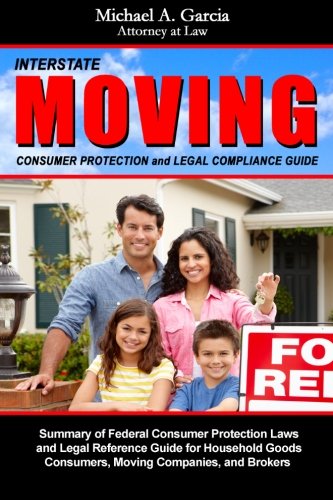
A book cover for Interstate Moving Consumer Protection and Legal Compliance Guide; Mr. Michael Garcia Esq.; Law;